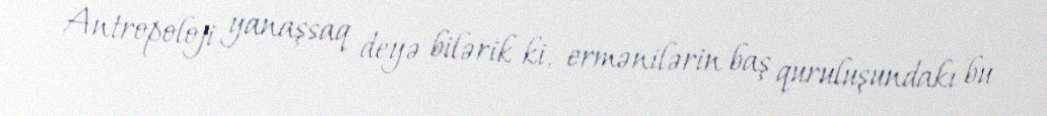
Antropoloji yanaşsaq deyə bilərik ki, ermənilərin baş quruluşundakı bu